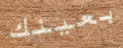
بعينك